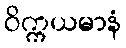
ဝိက္ကယမာနံ